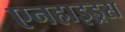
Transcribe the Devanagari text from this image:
एनहाइड्रस